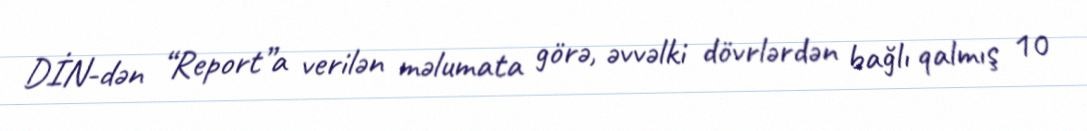
DİN-dən “Report”a verilən məlumata görə, əvvəlki dövrlərdən bağlı qalmış 10